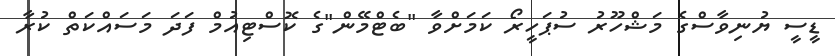
ޑީސީ ޔުނިވާސްގެ މަޝްހޫރު ސުޕަހީރޯ ކަމަށްވާ "ބެޓްމޭން"ގެ ކޮސްޓިއުމް ފަދަ މަސައްކަތް ކުރާ